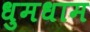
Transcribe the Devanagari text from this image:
धुमधाम